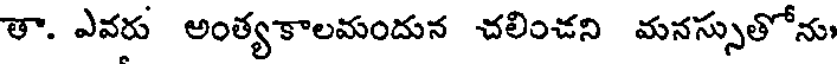
తా. ఎవరు అంత్యకాలమందున చలించని మనస్సుతోను